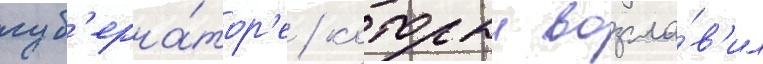
губ'ерна́тор'е / которыи возгла́в'ил